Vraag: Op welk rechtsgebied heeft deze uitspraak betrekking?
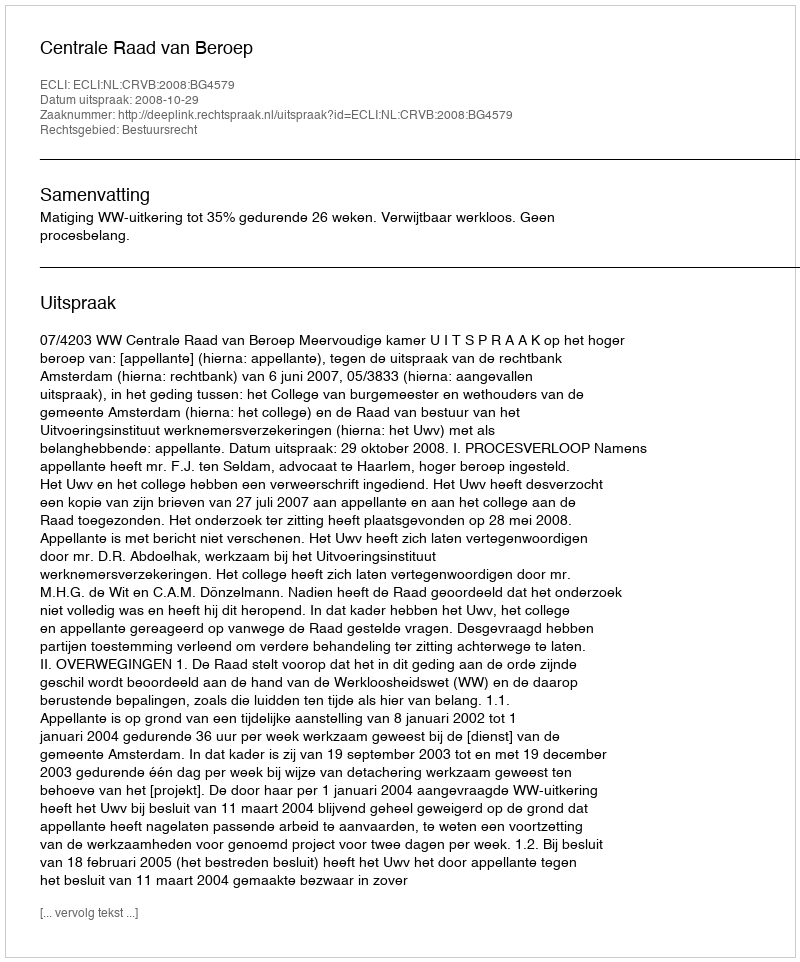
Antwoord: Bestuursrecht